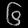
Digit: ၆